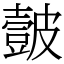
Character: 皼